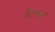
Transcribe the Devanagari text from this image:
टिन्डल